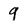
Character: 9